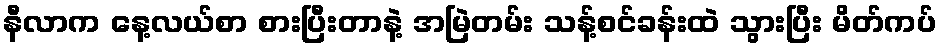
နီလာက နေ့လယ်စာ စားပြီးတာနဲ့ အမြဲတမ်း သန့်စင်ခန်းထဲ သွားပြီး မိတ်ကပ်